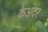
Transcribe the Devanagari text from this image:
केअंदर